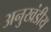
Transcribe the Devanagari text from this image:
अनुखंडीय